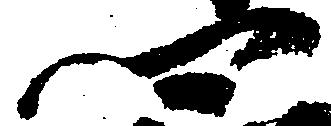
卿